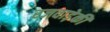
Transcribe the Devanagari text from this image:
रजवाड़ेकी